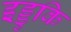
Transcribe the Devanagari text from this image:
इड्डुकि